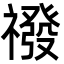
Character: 𮂛